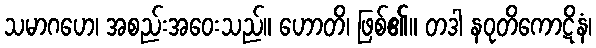
သမာဂဟေ၊ အစည်းအဝေးသည်။ ဟောတိ၊ ဖြစ်၏။ တဒါ နဝုတိကောဋိနံ၊